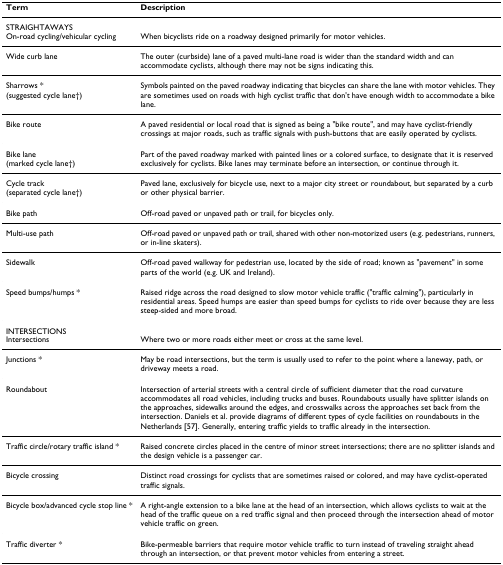
| Term | Description |
 | --- | --- |
 | STRAIGHTAWAYS |  |
 | On-road cycling/vehicular cycling | When bicyclists ride on a roadway designed primarily for motor vehicles. |
 | Wide curb lane | The outer (curbside) lane of a paved multi-lane road is wider than the standard width and can accommodate cyclists, although there may not be signs indicating this. |
 | Sharrows *(suggested cycle lane†) | Symbols painted on the paved roadway indicating that bicycles can share the lane with motor vehicles. They are sometimes used on roads with high cyclist traffic that don't have enough width to accommodate a bike lane. |
 | Bike route | A paved residential or local road that is signed as being a "bike route", and may have cyclist-friendly crossings at major roads, such as traffic signals with push-buttons that are easily operated by cyclists. |
 | Bike lane(marked cycle lane†) | Part of the paved roadway marked with painted lines or a colored surface, to designate that it is reserved exclusively for cyclists. Bike lanes may terminate before an intersection, or continue through it. |
 | Cycle track(separated cycle lane†) | Paved lane, exclusively for bicycle use, next to a major city street or roundabout, but separated by a curb or other physical barrier. |
 | Bike path | Off-road paved or unpaved path or trail, for bicycles only. |
 | Multi-use path | Off-road paved or unpaved path or trail, shared with other non-motorized users (e.g. pedestrians, runners, or in-line skaters). |
 | Sidewalk | Off-road paved walkway for pedestrian use, located by the side of road; known as "pavement" in some parts of the world (e.g. UK and Ireland). |
 | Speed bumps/humps * | Raised ridge across the road designed to slow motor vehicle traffic ("traffic calming"), particularly in residential areas. Speed humps are easier than speed bumps for cyclists to ride over because they are less steep-sided and more broad. |
 | INTERSECTIONS |  |
 | Intersections | Where two or more roads either meet or cross at the same level. |
 | Junctions * | May be road intersections, but the term is usually used to refer to the point where a laneway, path, or driveway meets a road. |
 | Roundabout | Intersection of arterial streets with a central circle of sufficient diameter that the road curvature accommodates all road vehicles, including trucks and buses. Roundabouts usually have splitter islands on the approaches, sidewalks around the edges, and crosswalks across the approaches set back from the intersection. Daniels et al. provide diagrams of different types of cycle facilities on roundabouts in the Netherlands [57]. Generally, entering traffic yields to traffic already in the intersection. |
 | Traffic circle/rotary traffic island * | Raised concrete circles placed in the centre of minor street intersections; there are no splitter islands and the design vehicle is a passenger car. |
 | Bicycle crossing | Distinct road crossings for cyclists that are sometimes raised or colored, and may have cyclist-operated traffic signals. |
 | Bicycle box/advanced cycle stop line * | A right-angle extension to a bike lane at the head of an intersection, which allows cyclists to wait at the head of the traffic queue on a red traffic signal and then proceed through the intersection ahead of motor vehicle traffic on green. |
 | Traffic diverter * | Bike-permeable barriers that require motor vehicle traffic to turn instead of traveling straight ahead through an intersection, or that prevent motor vehicles from entering a street. |